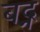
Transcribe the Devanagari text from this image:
बद्न